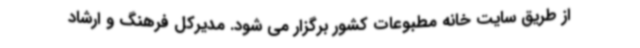
از طریق سایت خانه مطبوعات کشور برگزار می شود. مدیرکل فرهنگ و ارشاد